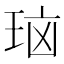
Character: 𰡻